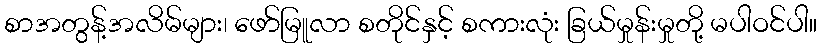
စာအတွန့်အလိမ်များ၊ ဖော်မြူလာ စတိုင်နှင့် စကားလုံး ခြယ်မှုန်းမှုတို့ မပါဝင်ပါ။